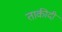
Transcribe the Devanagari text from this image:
ताकीदी